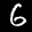
Label: 6